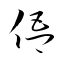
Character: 俉